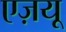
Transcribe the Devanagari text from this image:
एज़यू